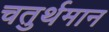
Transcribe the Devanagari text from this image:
चतुर्थमान